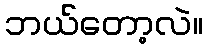
ဘယ်တော့လဲ။